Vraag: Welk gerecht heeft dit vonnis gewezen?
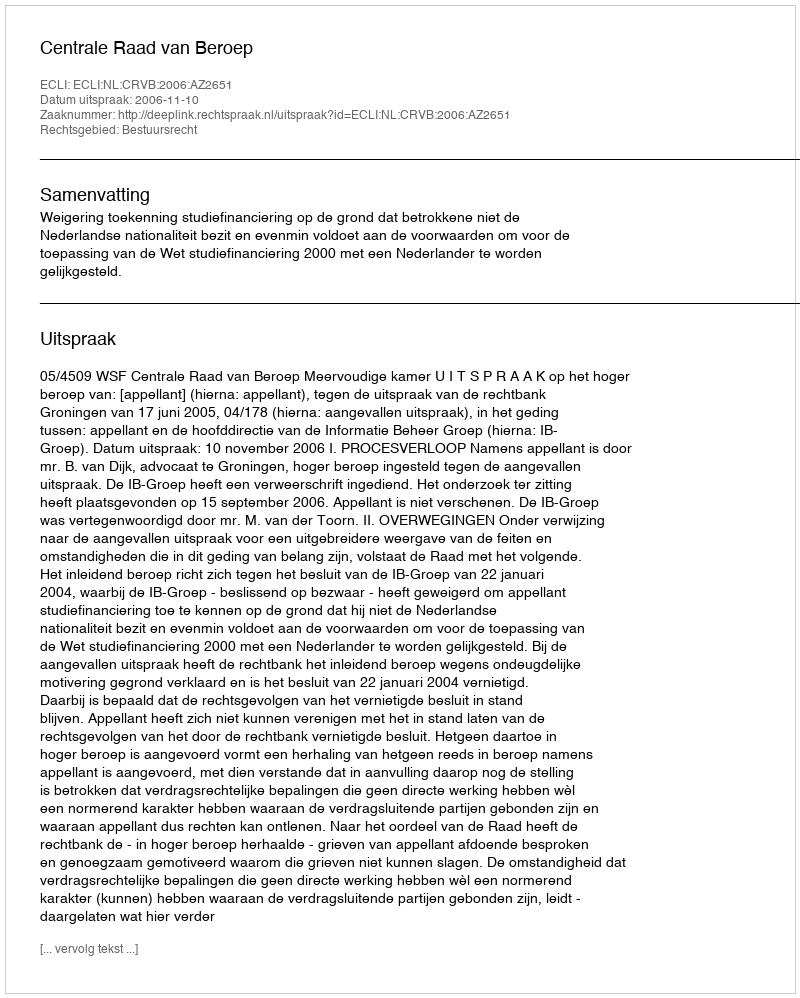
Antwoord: Centrale Raad van Beroep